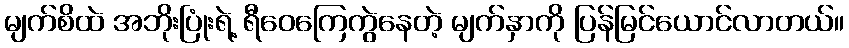
မျက်စိထဲ အဘိုးပြုံးရဲ့ ရီဝေကြေကွဲနေတဲ့ မျက်နှာကို ပြန်မြင်ယောင်လာတယ်။